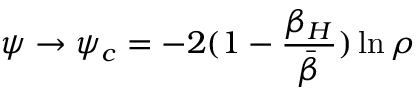
\psi \rightarrow \psi _ { c } = - 2 ( 1 - { \frac { \beta _ { H } } { \bar { \beta } } } ) \ln \rho